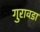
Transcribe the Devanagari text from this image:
गुरावडा